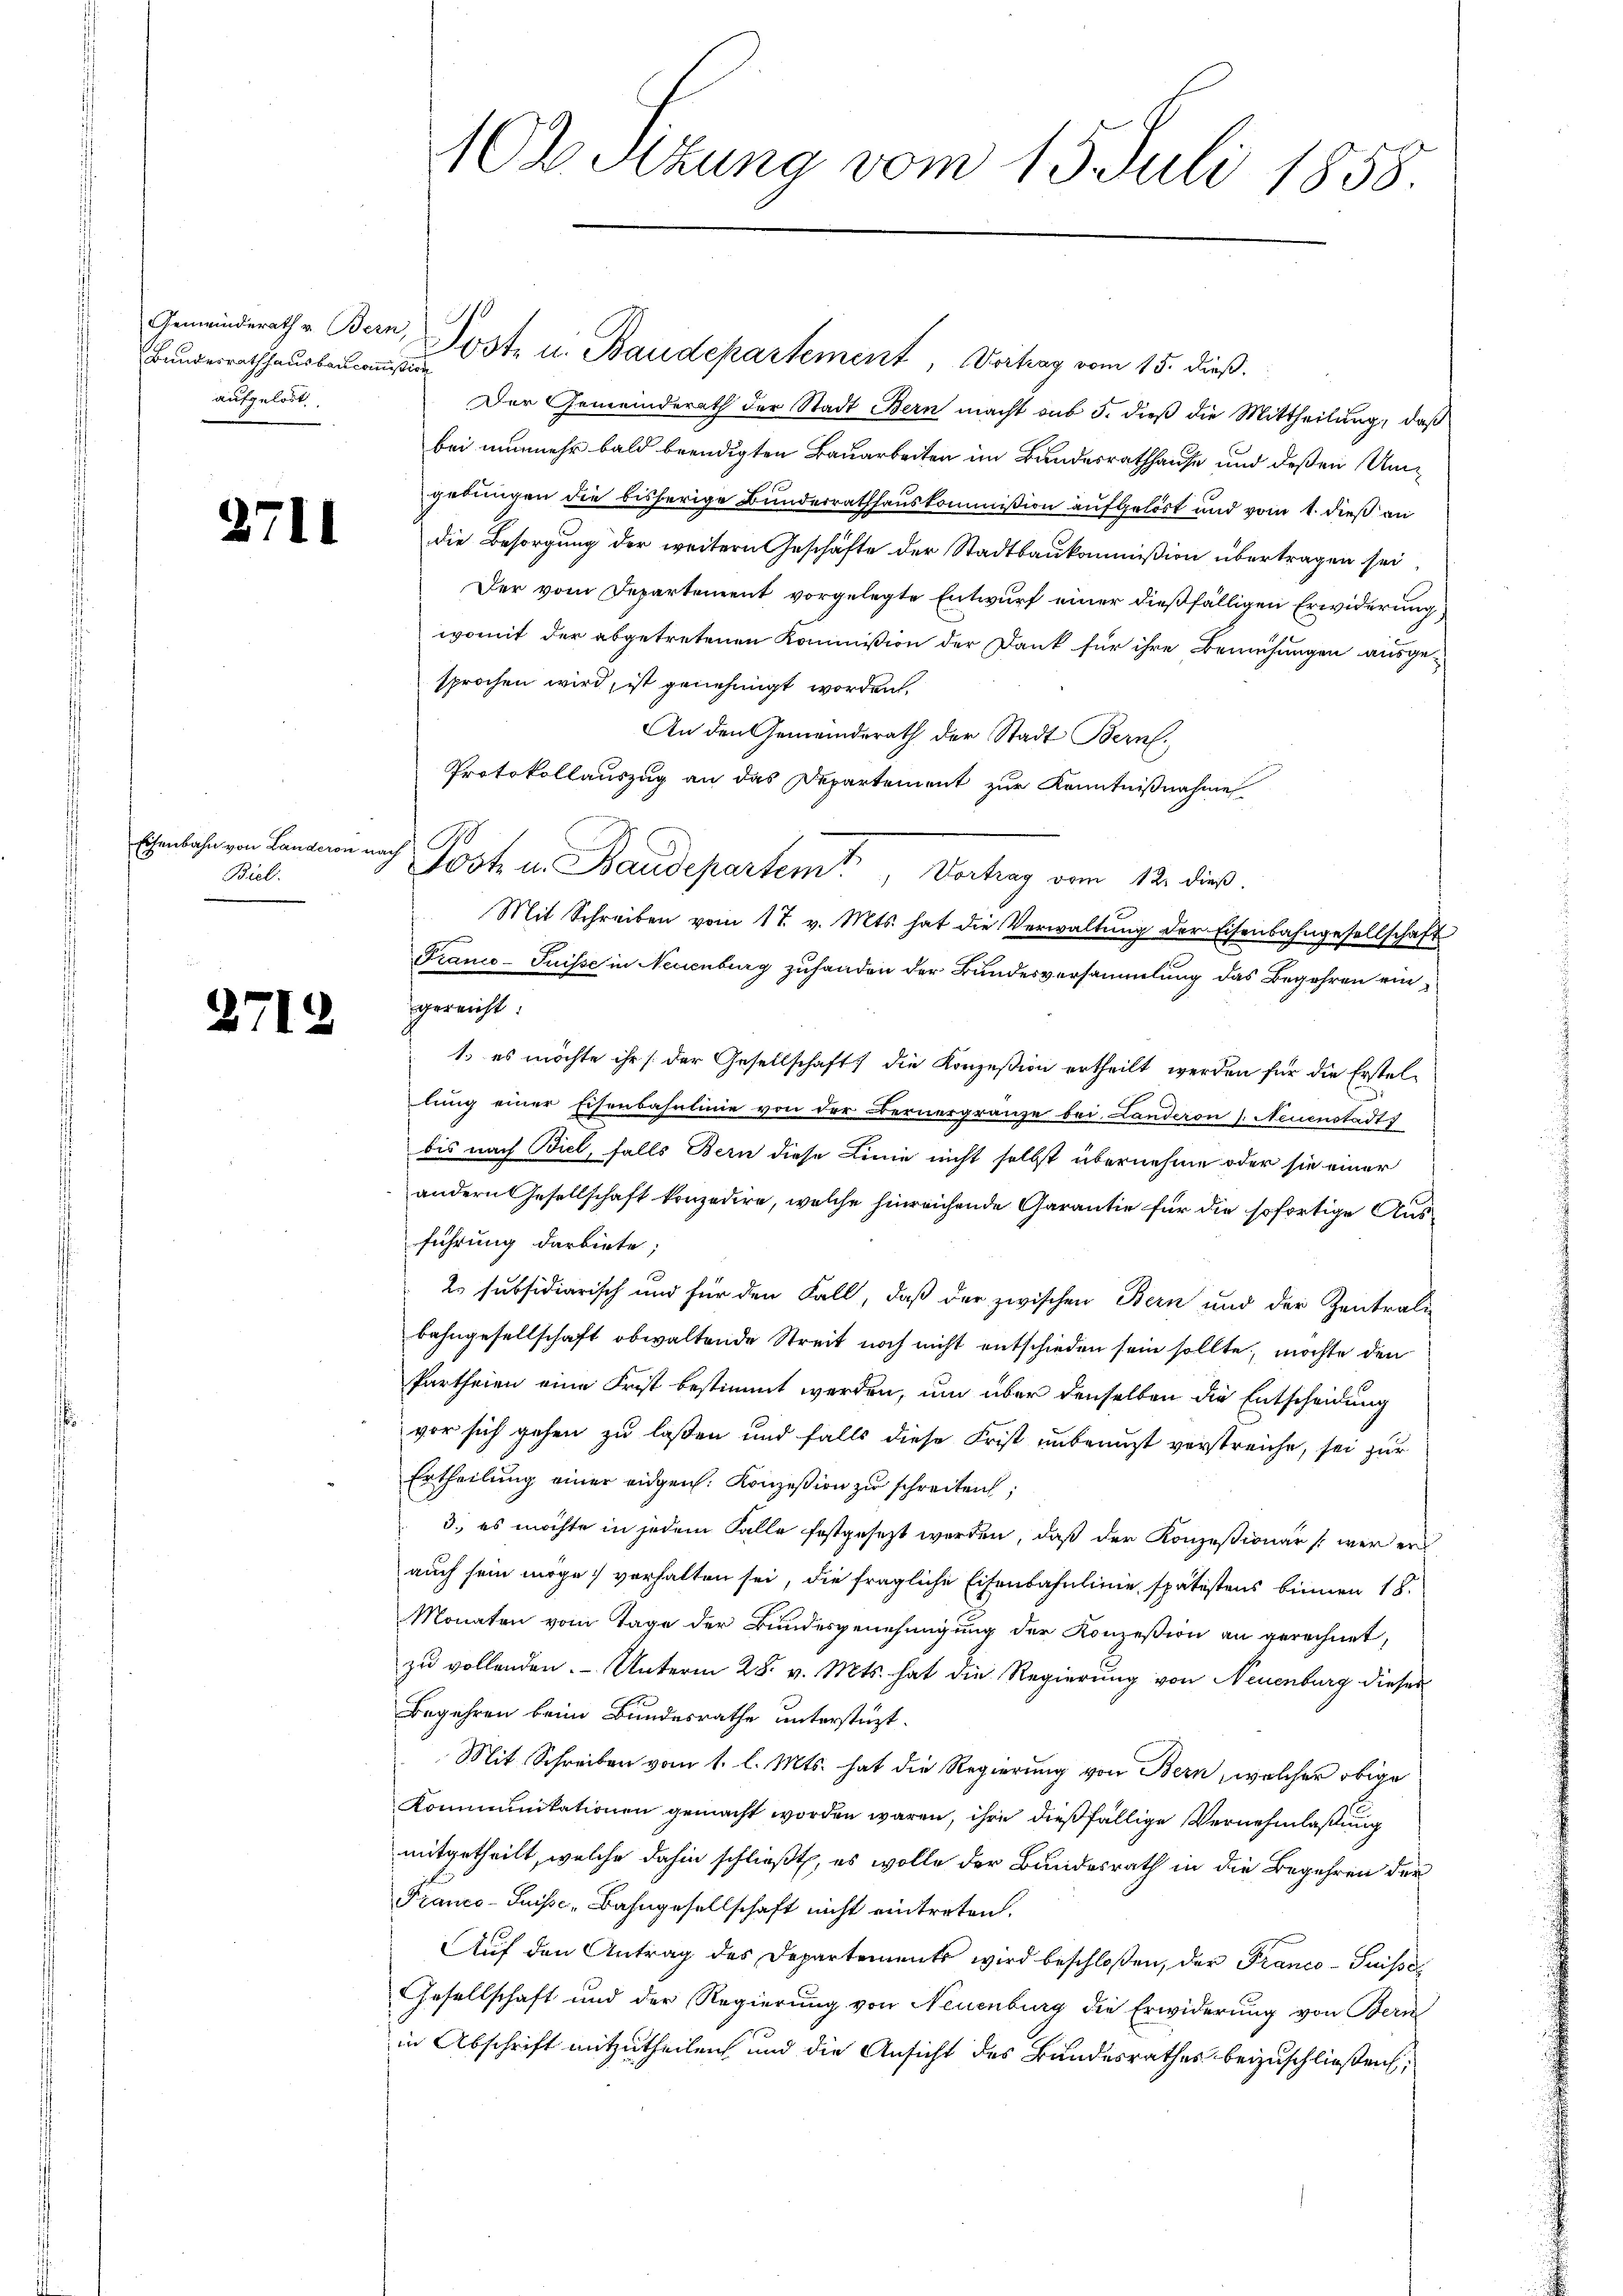
Bundesrath hausbaucommißion
aufgelöst.

2711

Eisenbahn von Landeren nach
Biel.

2719

Gemeinderath v. Bern, Post u. Baudepartement, Vortrag vom 15. dieß.
Der Gemeinderath der Stadt Bern macht aus 5. dieß die Mittheilung, daß
bei nunmehr bald beendigten Bauarbeiten im Bandesrathhause und deßen Umgebungen die bisherige Bunderrathhauskommißion aufgelöst und vom 1. dieß an
die Besorgung der weitern Geschäfte der Stadtbaukommißion übertragen sei
Der vom Departement vorgelegte Entwurf einer dießfälligen Erwiderung
womit der abgetretenen Kommission der Dank für ihre Bemühungen ausgesprochen wird, ist genehmigt worden.
An den Gemeinderath der Stadt Bern.
Protokollauszug an das Departement zur Kenntnißnahme
J
.
Mit Schreiben vom 17. v. Mts. hat die Verwaltung der Eisenbahngesellschaft
Franco-Puisse in Neuenburg zuhanden der Bundesversammlung das Begehren eingereicht.
1. es möchte ihr / der Gesellschaft) die Konzession ertheilt werden für die Erstellung einer Eisenbahnlinie von der Bernergränze bei Landeron s. Neuenstadts
bis nach Biel, falls Bern diese Linie nicht selbst übernehme oder sie einer
andern Gesellschaft konzedire, welche hinreichende Garantie für die sofortige Ausführung darbiete;
2. subsidiarisch und für den Fall, daß der zwischen Bern und der Zentrali
bahngesellschaft obwaltende Streit noch nicht entschieden sein sollte, möchte den
Partheien eine Frist bestimmt werden, um über denselben die Entscheidung
vor sich gehen zu lassen und falls diese Frist unbenuzt verstreiche, sei zur
Ertheilung einer eidgen. Konzesion zu schreiten;
3., es möchte in jedem Falle festgesezt werden, daß der Konzesionärs werden
auch sein möge, verhalten sei, die fragliche Eisenbahnlinie spätestens binnen 18.
Monaten vom Tage der Bundesgenehmigung der Konzession an gerechnet,
zu vollenden. - Unterm 28. v. Mts. hat die Regierung von Neuenburg dieses
Begehren beim Bundesrathe unterstüzt.
Mit Schreiben vom 1. l. Mts. hat die Regierung von Bern, welcher obige
Kommunikationen gemacht worden wären, ihre dießfällige Vernehmlassung
mitgetheilt, welche dahin schließt, es wolle der Bundesrath in die Begehren der
Franco-Suisse Bahngesellschaft nicht eintreten.
Auf den Antrag des Departements wird beschloßen, der Franco- Puisse
Gesellschaft und der Regierung von Neuenburg die Erwiderung von Bern
in Abschrift mitzutheilen und die Ansicht des Bundesrathes beizuschließen,

102 Sizung vom 15. Juli 1858.

Jost u. Baudepartemt, Vortrag vom 12. die